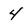
Character: 4